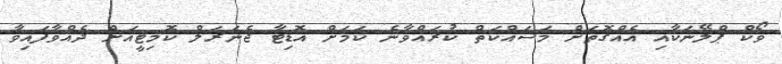
ވޯކް ޕްލޭނަކާއި އެއްގޮތަށް މަސައްކަތް ކުރައްވާނެ ކަމަށް އޮޑިޓާ ޖެނަރަލް ކޮމިޓީއަށް ދެއްވާފައިވާ